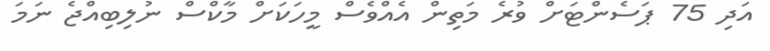
އަދި 75 ޕަސެންޓަށް ވުރެ މަތިން އެއްވެސް މީހަކަށް މާކްސް ނުލިބިއްޖެ ނަމަ